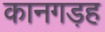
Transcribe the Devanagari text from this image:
कानगड़ह